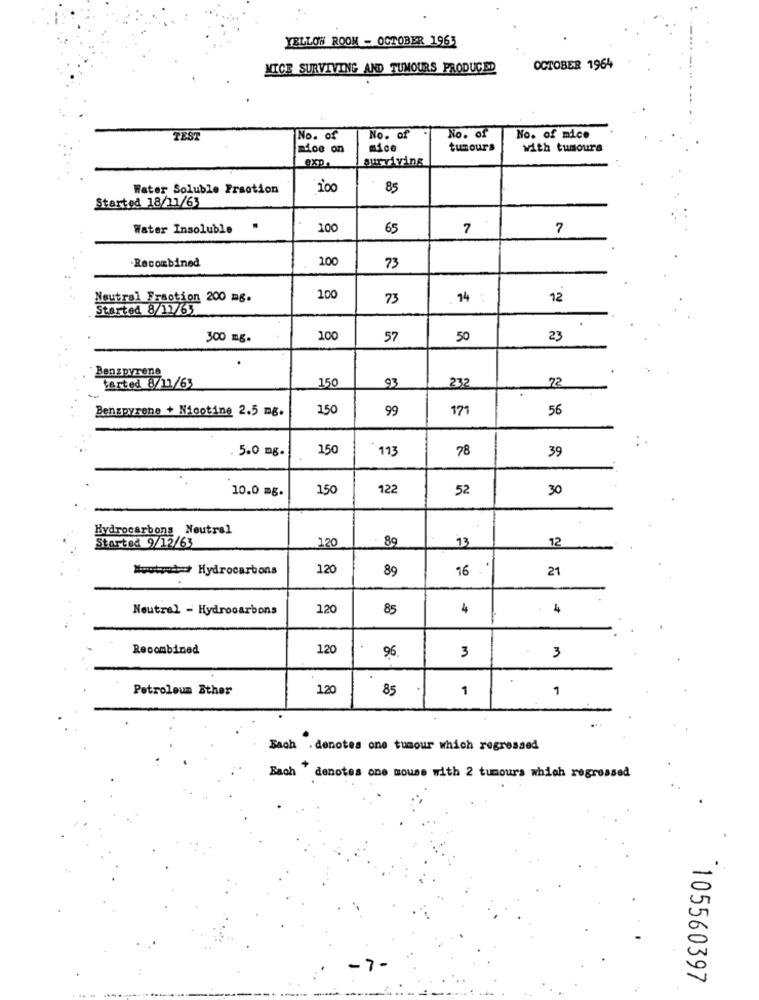
YELLOW ROON - OCTOBER 1963
MICE SURVIVING AND TUMOURS PRODUCED
OCTOBER 1964
No. of
TEST
No. of
No. of
No. of mice
mioe on
mice
tumours
with tumours
exp
surviving
Water Soluble Fraction
100
85
Started 18/11/63
Water Insoluble "
100
65
7
7
Recombined
200
73
Neutral Fraction 200 mg.
100
73
14
12
Started 8/12/63
300 mg.
100
57
50
23
.
Benzpyrene
tarted 8/11/63
150
72
93
232
Benzpyrene + Nicotine 2.5 mg.
150
99
171
56
5.0 mg.
150
113
78
39
10.0 mg.
150
122
52
30
Hydrocarbons Neutral
Started 9/12/63
89
13
12
120
Noutrod=+ Hydrocarbons
120
89
16
21
Neutral - Hydrocarbons
120
85
4
4
Recombined
120
96
3
3
Petroleum Sther
120
85
1
1
Bach . denotes one tumour which regressed
Bach "denotes one mouse with 2 tumours which regressed
-7-
105560397